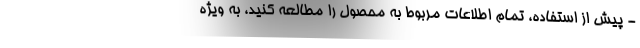
- پیش از استفاده، تمام اطلاعات مربوط به محصول را مطالعه کنید، به ویژه